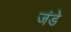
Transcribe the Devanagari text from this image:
जंडे